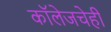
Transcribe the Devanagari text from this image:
कॉलेजचेही